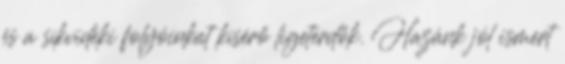
és a síkvidéki folyóinkat kísérő ligeterdők. Hazánk jól ismert